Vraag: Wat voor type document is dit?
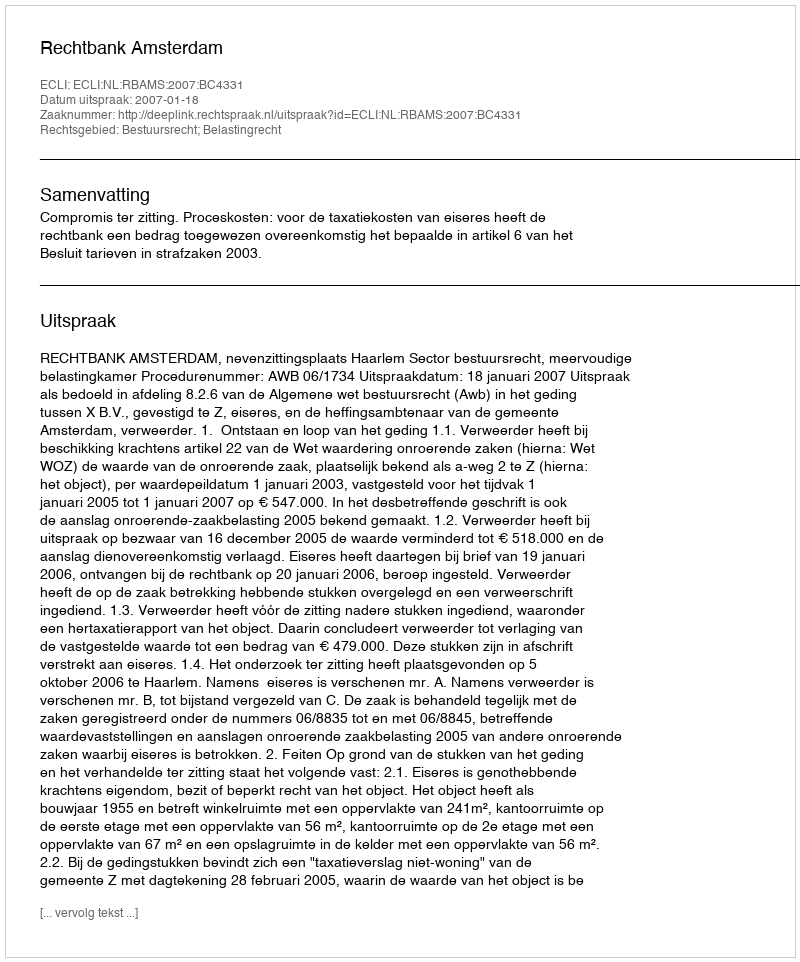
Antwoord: Uitspraak